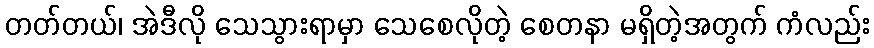
တတ်တယ်၊ အဲဒီလို သေသွားရာမှာ သေစေလိုတဲ့ စေတနာ မရှိတဲ့အတွက် ကံလည်း